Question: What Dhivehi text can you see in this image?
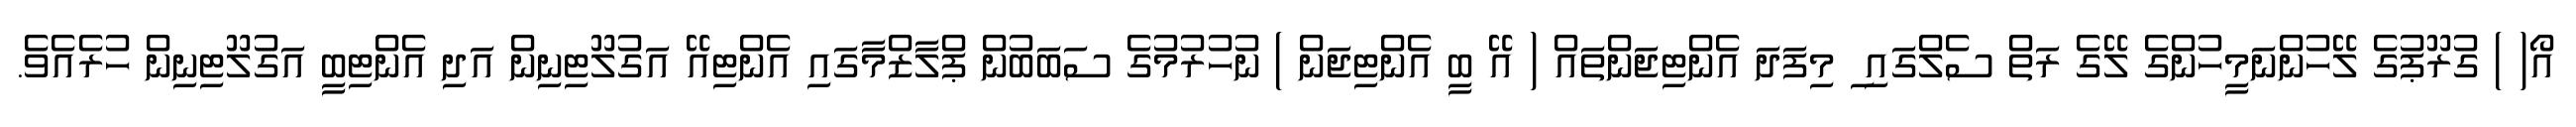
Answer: އޯ( ) ގުރޫޕުގެ ލޭހުންނަމީހުންގެ ލޭގެ ރަތް ސެލްގައި ި މިފަދަ އެންޓިޖަންތައް ( އޭ ބީ އެންޓިޖަން ) ނުހުރުމުގެ ސަބަބުން ޕްލާޒްމާގައި އެންޓިއޭ އަގުލޫޓިނިން އަދި އެންޓިބީ އަގުލޫޓިނިން ހުރެއެވެ.